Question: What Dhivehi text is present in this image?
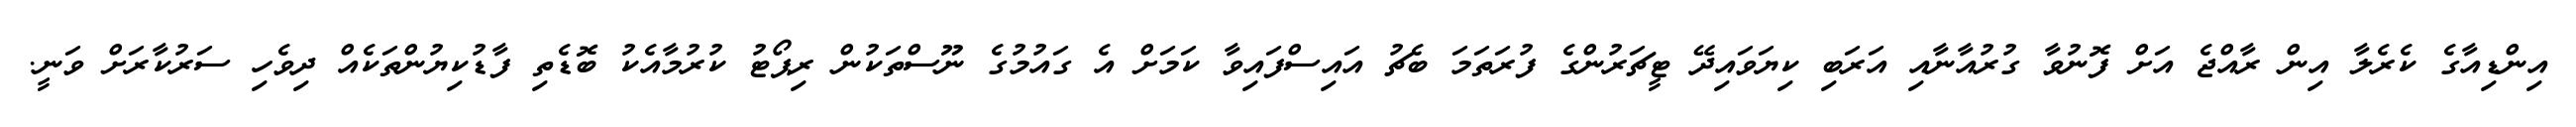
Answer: އިންޑިއާގެ ކެރެލާ އިން ރާއްޖެ އަށް ފޮނުވާ ގުރުއާނާއި އަރަބި ކިޔަވައިދޭ ޓީޗަރުންގެ ފުރަތަމަ ބެޗު އައިސްފައިވާ ކަމަށް އެ ގައުމުގެ ނޫސްތަކުން ރިޕޯޓު ކުރުމާއެކު ބޮޑެތި ފާޑުކިޔުންތަކެއް ދިވެހި ސަރުކާރަށް ވަނީ.